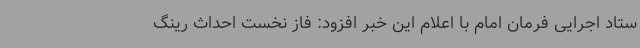
ستاد اجرایی فرمان امام با اعلام این خبر افزود: فاز نخست احداث رینگ